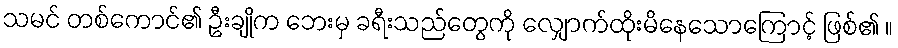
သမင် တစ်ကောင်၏ ဦးချိုက ဘေးမှ ခရီးသည်တွေကို လျှောက်ထိုးမိနေသောကြောင့် ဖြစ်၏ ။